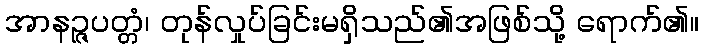
အာနဉ္ဇပတ္တံ၊ တုန်လှုပ်ခြင်းမရှိသည်၏အဖြစ်သို့ ရောက်၏။